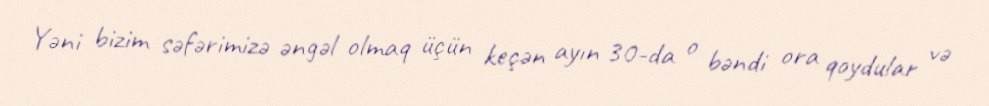
Yəni bizim səfərimizə əngəl olmaq üçün keçən ayın 30-da o bəndi ora qoydular və